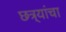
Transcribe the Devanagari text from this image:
छत्र्यांचा